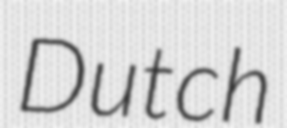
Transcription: Dutch